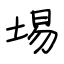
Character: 埸